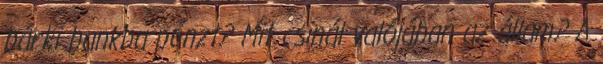
bárki bankba pénzt? Mit csinál valójában az állam? A